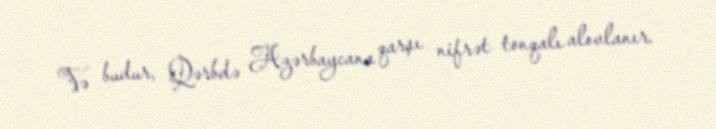
Və budur, Qərbdə Azərbaycana qarşı nifrət tonqalı alovlanır.